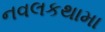
નવલકથામા